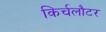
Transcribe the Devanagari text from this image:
किर्चलौटर